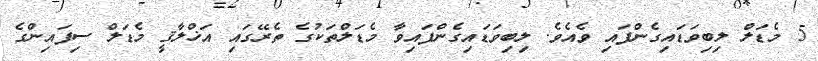
5 މެޑަލް ލިބިވަޑައިގެންފައި ވެއެވެ. ލިބިވަޑައިގެންފައިވާ މެޑަލްތަކުގެ ތެރޭގައި އަޚްލާޤީ މެޑަލް ސިފައިންގެ